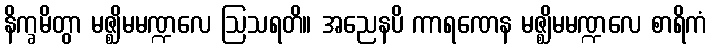
နိက္ခမိတွာ မဇ္ဈိမမဏ္ဍလေ ဩသရတိ။ အညေနပိ ကာရဏေန မဇ္ဈိမမဏ္ဍလေ စာရိကံ